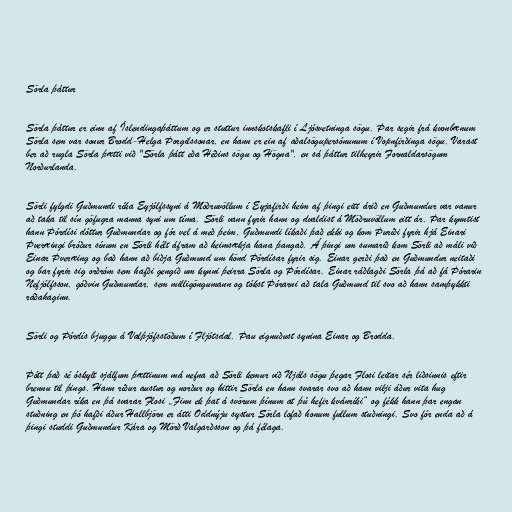
Sörla þáttur

Sörla þáttur er einn af Íslendingaþáttum og er stuttur innskotskafli í Ljósvetninga sögu. Þar segir frá kvonbænum
Sörla sem var sonur Brodd-Helga Þorgilssonar, en hann er ein af aðalsögupersónunum í Vopnfirðinga sögu. Varast
ber að rugla Sörla þætti við "Sörla þátt eða Héðins sögu og Högna", en sá þáttur tilheyrir Fornaldarsögum
Norðurlanda.

Sörli fylgdi Guðmundi ríka Eyjólfssyni á Möðruvöllum í Eyjafirði heim af þingi eitt árið en Guðmundur var vanur
að taka til sín göfugra manna syni um tíma. Sörli vann fyrir hann og dvaldist á Möðruvöllum eitt ár. Þar kynntist
hann Þórdísi dóttur Guðmundar og fór vel á með þeim. Guðmundi líkaði það ekki og kom Þuríði fyrir hjá Einari
Þveræingi bróður sínum en Sörli hélt áfram að heimsækja hana þangað. Á þingi um sumarið kom Sörli að máli við
Einar Þveræing og bað hann að biðja Guðmund um hönd Þórdísar fyrir sig. Einar gerði það en Guðmundur neitaði
og bar fyrir sig orðróm sem hafði gengið um kynni þeirra Sörla og Þórdísar. Einar ráðlagði Sörla þá að fá Þórarin
Nefjólfsson, góðvin Guðmundar, sem milligöngumann og tókst Þórarni að tala Guðmund til svo að hann samþykkti
ráðahaginn.

Sörli og Þórdís bjuggu á Valþjófsstöðum í Fljótsdal. Þau eignuðust synina Einar og Brodda.

Þótt það sé óskylt sjálfum þættinum má nefna að Sörli kemur við Njáls sögu þegar Flosi leitar sér liðsinnis eftir
brennu til þings. Hann ríður austur og norður og hittir Sörla en hann svarar svo að hann vilji áður vita hug
Guðmundar ríka en þá svarar Flosi „Finn ek þat á svörum þínum at þú hefir kvánríki“ og fékk hann þar engan
stuðning en þó hafði áður Hallbjörn er átti Oddnýju systur Sörla lofað honum fullum stuðningi. Svo fór enda að á
þingi studdi Guðmundur Kára og Mörð Valgarðsson og þá félaga.